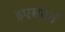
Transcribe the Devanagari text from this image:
इएसटर्न